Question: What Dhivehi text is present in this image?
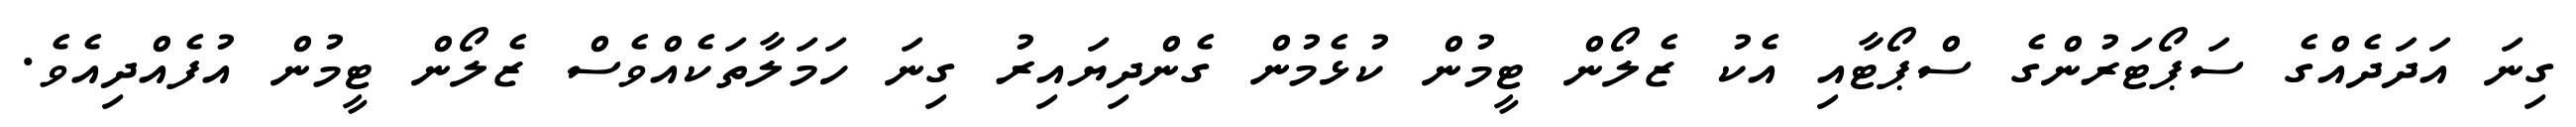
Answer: ގިނަ އަދަދެއްގެ ސަޕޯޓަރުންގެ ސްޕޯޓާއި އެކު ޒެލޯން ޓީމުން ކުޅެމުން ގެންދިޔައިރު ގިނަ ހަމަލާތަކެއްވެސް ޒެލޯން ޓީމުން އުފެއްދިއެވެ.